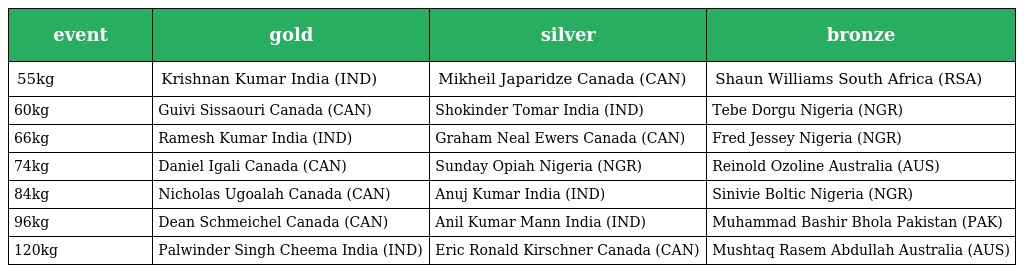
| event | gold | silver | bronze |
 | --- | --- | --- | --- |
 | 55kg | Krishnan Kumar India (IND) | Mikheil Japaridze Canada (CAN) | Shaun Williams South Africa (RSA) |
 | 60kg | Guivi Sissaouri Canada (CAN) | Shokinder Tomar India (IND) | Tebe Dorgu Nigeria (NGR) |
 | 66kg | Ramesh Kumar India (IND) | Graham Neal Ewers Canada (CAN) | Fred Jessey Nigeria (NGR) |
 | 74kg | Daniel Igali Canada (CAN) | Sunday Opiah Nigeria (NGR) | Reinold Ozoline Australia (AUS) |
 | 84kg | Nicholas Ugoalah Canada (CAN) | Anuj Kumar India (IND) | Sinivie Boltic Nigeria (NGR) |
 | 96kg | Dean Schmeichel Canada (CAN) | Anil Kumar Mann India (IND) | Muhammad Bashir Bhola Pakistan (PAK) |
 | 120kg | Palwinder Singh Cheema India (IND) | Eric Ronald Kirschner Canada (CAN) | Mushtaq Rasem Abdullah Australia (AUS) |